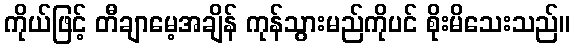
ကိုယ်ဖြင့် တီချာမေ့အချိန် ကုန်သွားမည်ကိုပင် စိုးမိသေးသည်။